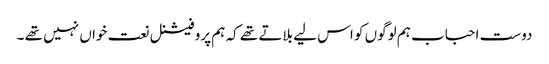
دوست احباب ہم لوگوں کو اس لیے بلاتے تھے کہ ہم پروفیشنل نعت خواں نہیں تھے ۔